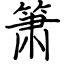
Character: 箫